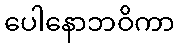
ပေါနောဘဝိကာ